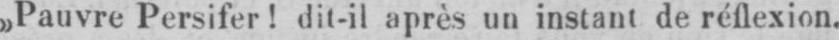
»Pauvre Persifer! dit-il après un instant de réflexion.